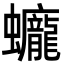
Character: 𧕻